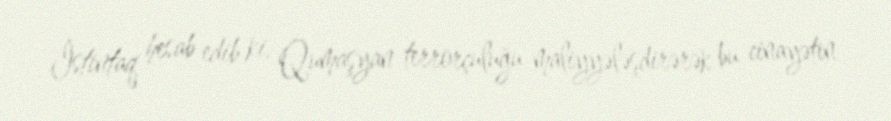
İstintaq hesab edib ki, Qumaşyan terrorçuluğu maliyyələşdirərək bu cinayətin